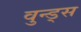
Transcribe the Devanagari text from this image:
वुन्ड्स